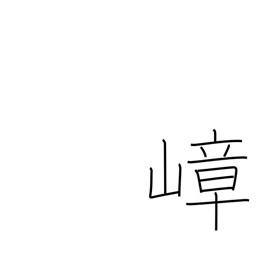
Meaning: lofty